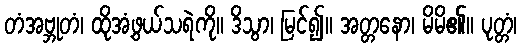
တံအဗ္ဘုတံ၊ ထိုအံ့ဖွယ်သရဲကို။ ဒိသွာ၊ မြင်၍။ အတ္တနော၊ မိမိ၏။ ပုတ္တံ၊